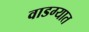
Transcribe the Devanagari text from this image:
वाडग्यात